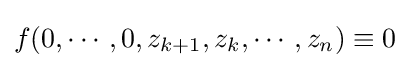
f(0,\cdots ,0,z_{k+1},z_{k},\cdots ,z_{n})\equiv 0